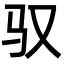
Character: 驭